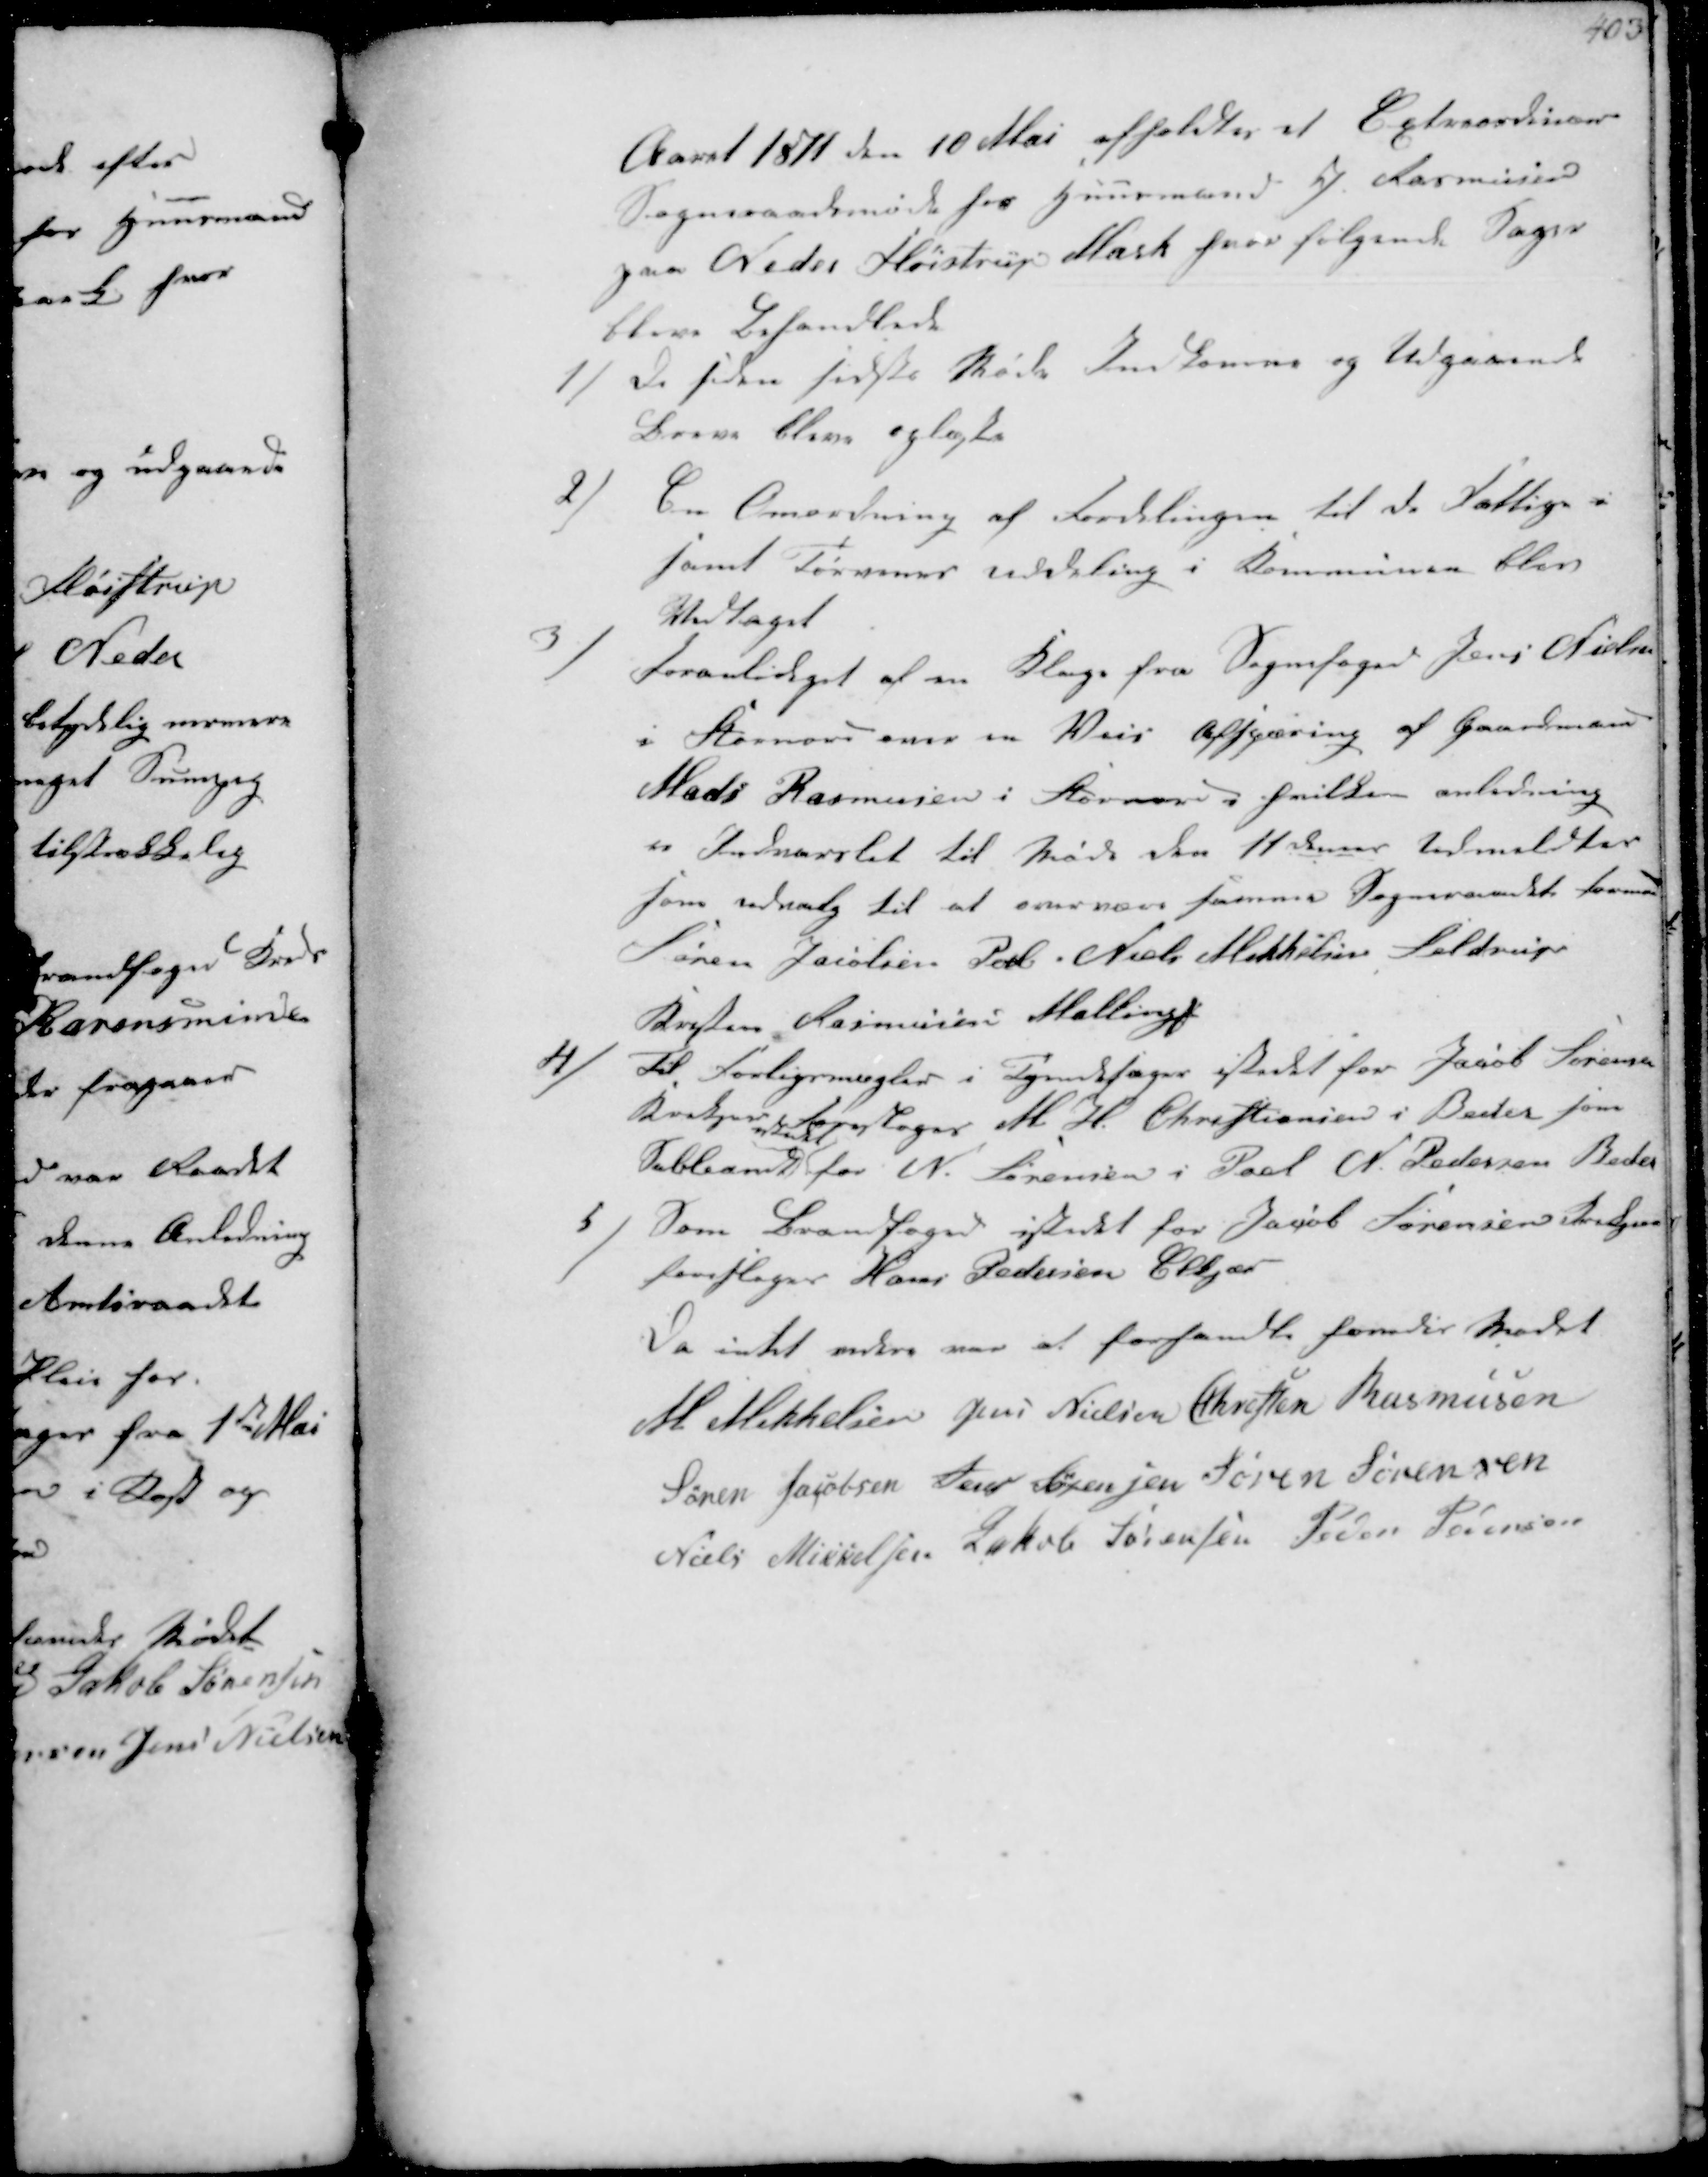
Transskription:
Aaret 1871 den 10 Mai afholdtes et Extraordinær
Sogneraadsmøde hos Huusmand J. Rasmusen
paa Neder Fløistrup Mark hvor følgende Sager
bleve behandlede
1/
de siden sidste Møde Indkomne og Udgaaende
Breve bleve oplæste
2/
En Omordning af Fordelingen til de Fattige i
samt Tørvenes Uddeling i Kommunen blev
Vedtaget
3/
Foranlediget at en Klage fra Sognefoged Jens Nielsen
i Storenor over en Veis Afspæring af Gaardmand
Mads Rasmussen i Storenor i hvilken anledning
er Indvarslet til Møde den 11 dennes udmeldtes
som udvalg til at overvære samme Sogneraadets Form
Søren Jacobsen Pøel Niels Mikkelsen Seldrup
Kristen Rasmussen Malling ₻
4/
til Forligsmægler i Tyendesager istedet for Jacob Sørensen
Krekjer, Jordbruger M H Christiansen i Beder som
Subleandt 
  
for N. Sørensen i Pøel N. Pedersen Beder
5/
Som Brandfoged istedet for Jacob Sørensen Krekjær
foresloges Hans Pedersen Elkjær
Da intet videre var at forhandle hævedes Mødet.
M. Mikkelsen Jens Nielsen Christen Rasmussen
Søren Jacobsen Jens Sørensen Søren Sørensen
Niels Mikkelsen Jakob Sørensen Peder Pedersen